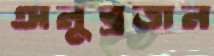
অনুব্রজন